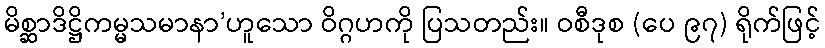
မိစ္ဆာဒိဋ္ဌိကမ္မသမာနာ’ဟူသော ဝိဂ္ဂဟကို ပြသတည်း။ ဝစီဒုစ (ပေ ၉၇) ရိုက်ဖြင့်